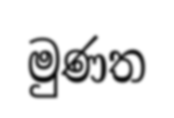
මුණත